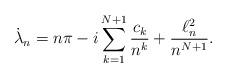
LaTeX: \begin{align*}\dot\lambda_n= n\pi -i\sum_{k=1}^{N+1}\frac{c_k}{n^k}+ \frac{\ell^2_n}{n^{N+1}}.\end{align*}